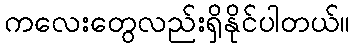
ကလေးတွေလည်းရှိနိုင်ပါတယ်။